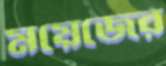
ময়েজের